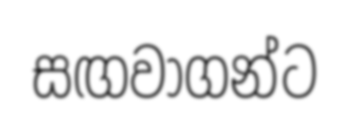
සඟවාගන්ට